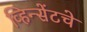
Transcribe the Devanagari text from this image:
व्हिन्सेंटचे